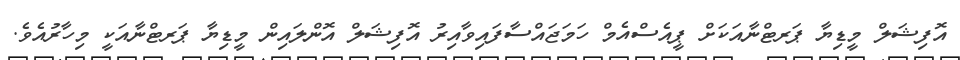
އޮފިޝަލް މީޑިޔާ ޕަރޓްނާއަކަށް ޕީއެސްއެމް ހަމަޖައްސާފައިވާއިރު އޮފިޝަލް އޮންލައިން މީޑިޔާ ޕަރޓްނާއަކީ މިހާރުއެެވެ.